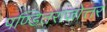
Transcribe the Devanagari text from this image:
पण्डितराजोत्तर